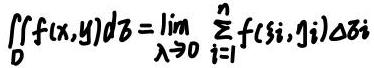
$\iint_{D} f(x,y)d\sigma=\lim_{\lambda \to 0}\sum_{i = 1}^{n}f(\xi_i,\eta_i)\Delta\sigma_i$